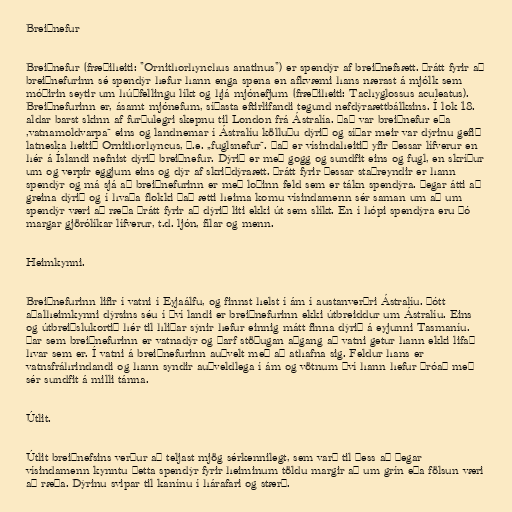
Breiðnefur

Breiðnefur (fræðiheiti: "Ornithorhynchus anatinus") er spendýr af breiðnefsætt. Þrátt fyrir að
breiðnefurinn sé spendýr hefur hann enga spena en afkvæmi hans nærast á mjólk sem
móðirin seytir um húðfellingu líkt og hjá mjónefjum (fræðiheiti: Tachyglossus aculeatus).
Breiðnefurinn er, ásamt mjónefum, síðasta eftirlifandi tegund nefdýraættbálksins. Í lok 18.
aldar barst skinn af furðulegri skepnu til London frá Ástralía. Það var breiðnefur eða
,vatnamoldvarpa“ eins og landnemar í Ástralíu kölluðu dýrið og síðar meir var dýrinu gefið
latneska heitið Ornithorhyncus, þ.e. „fuglsnefur“. Það er vísindaheitið yfir þessar lífverur en
hér á Íslandi nefnist dýrið breiðnefur. Dýrið er með gogg og sundfit eins og fugl, en skríður
um og verpir eggjum eins og dýr af skriðdýraætt. Þrátt fyrir þessar staðreyndir er hann
spendýr og má sjá að breiðnefurinn er með loðinn feld sem er tákn spendýra. Þegar átti að
greina dýrið og í hvaða flokki það ætti heima komu vísindamenn sér saman um að um
spendýr væri að ræða þrátt fyrir að dýrið liti ekki út sem slíkt. En í hópi spendýra eru þó
margar gjörólíkar lífverur, t.d. ljón, fílar og menn.

Heimkynni.

Breiðnefurinn lifir í vatni í Eyjaálfu, og finnst helst í ám í austanverðri Ástralíu. Þótt
aðalheimkynni dýrsins séu í því landi er breiðnefurinn ekki útbreiddur um Ástralíu. Eins
og útbreiðslukortið hér til hliðar sýnir hefur einnig mátt finna dýrið á eyjunni Tasmaníu.
Þar sem breiðnefurinn er vatnadýr og þarf stöðugan aðgang að vatni getur hann ekki lifað
hvar sem er. Í vatni á breiðnefurinn auðvelt með að athafna sig. Feldur hans er
vatnsfráhrindandi og hann syndir auðveldlega í ám og vötnum því hann hefur þróað með
sér sundfit á milli tánna.

Útlit.

Útlit breiðnefsins verður að teljast mjög sérkennilegt, sem varð til þess að þegar
vísindamenn kynntu þetta spendýr fyrir heiminum töldu margir að um grín eða fölsun væri
að ræða. Dýrinu svipar til kanínu í hárafari og stærð.